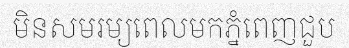
មិនសមរម្យពេលមកភ្នំពេញជួប